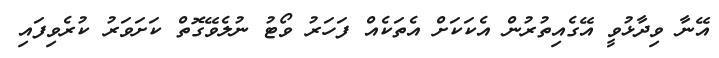
އޭނާ ވިދާޅުވީ އޭގެއިތުރުން އެކަކަށް އެތަކެއް ފަހަރު ވޯޓު ނުލެވޭގޮތް ކަށަވަރު ކުރެވިފައި